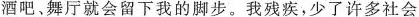
酒吧﹑舞厅就会留下我的脚步。我残疾，少了许多社会